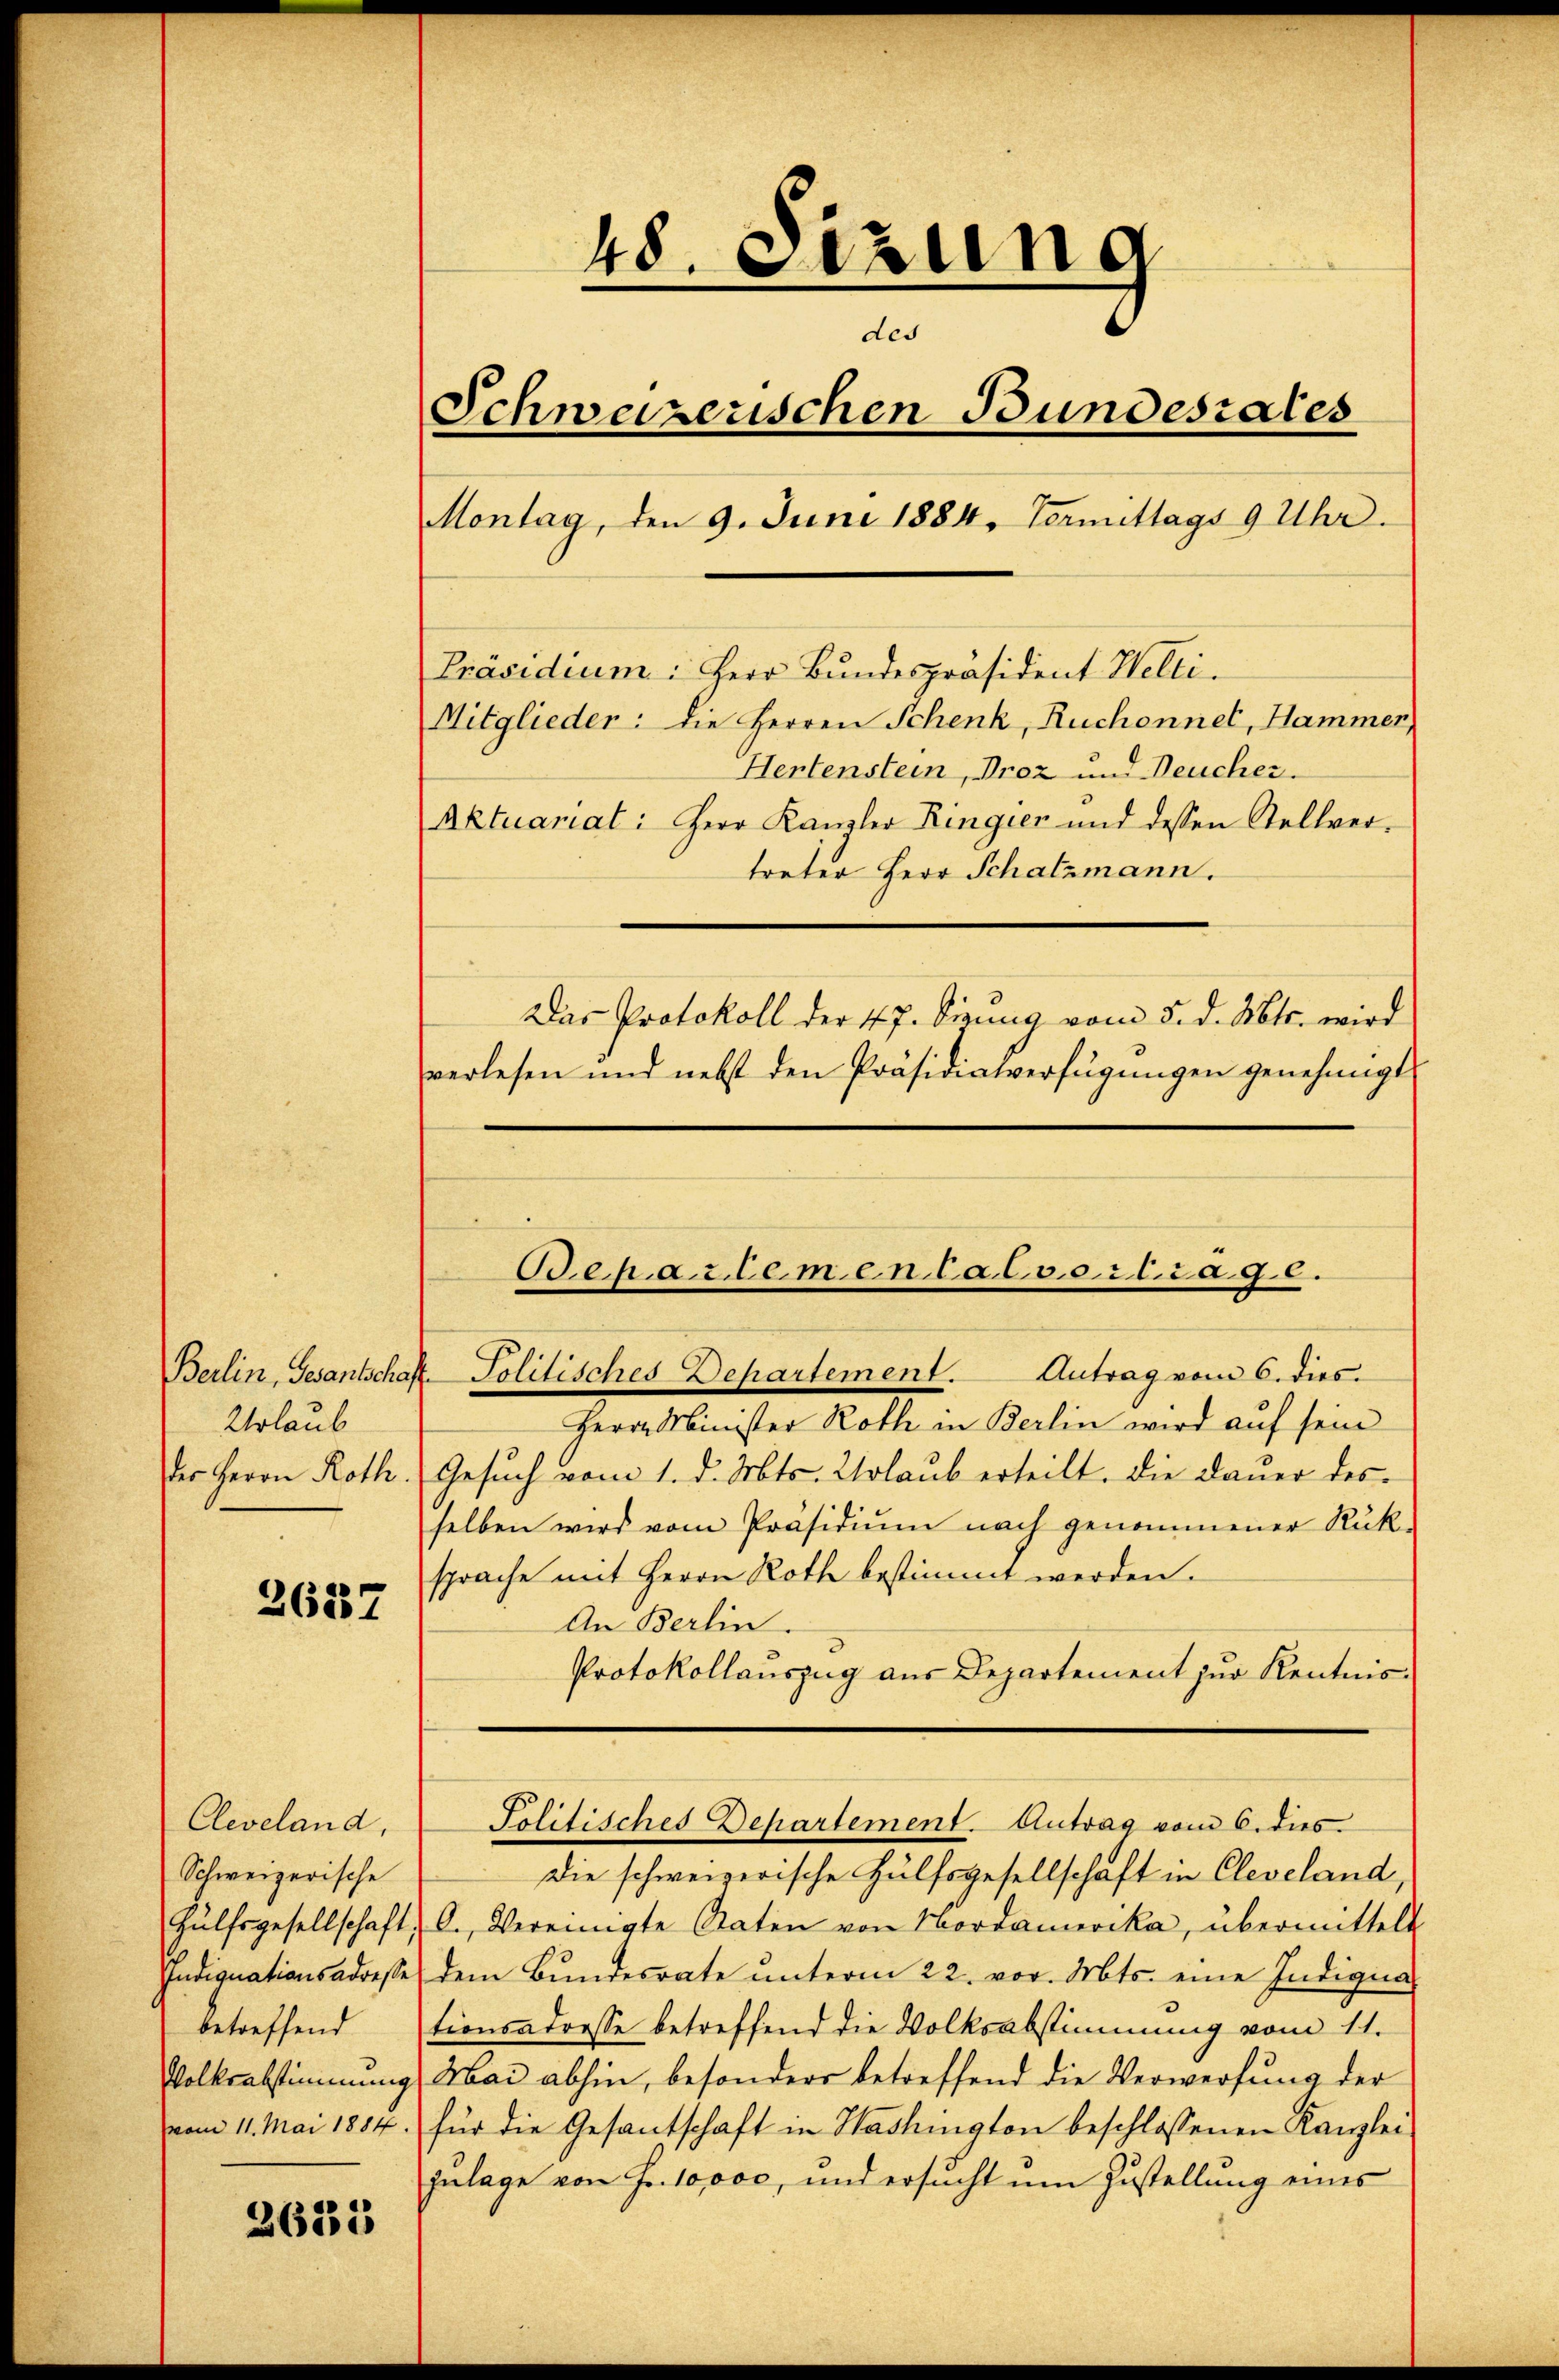
Urlaub

2627

Cleveland,
Schweizerische
Hülfsgesellschaft
Indignationsadresse
betreffend
Volksabstimmung
vom 11. Mai 1884.

2633

48 eizung
des
Schweizerischen Bundesrates
Montag, den 9. Juni 1884, Termittags 9 Uhr.
Präsidium: Herr Bundespräsident Welti.

Mitglieder: die Herren Schenk, Ruchonnet, Hammer,
Hertenstein, Proz und Deucher.
Aktuariat: Herr Kanzler Ringier und dessen Stellver-
treter Herr Schatzmann.
Das Protokoll der 47. Sizung vom 5. d. Mts. wird
verlesen und nebst den Präsidialverfügungen genehmigt

Herrn Minister Roth in Berlin wird auf sein
der Herrn Roth. Gesuch vom 1. d. Mts. Wolaub erteilt. Die Dauer des
selben wird vom Präsidiŭm nach genommener Rüksprache mit Herrn Roth bestimmt werden.
An Berlin.
Protokollauszug aus Departement zŭr Kentnis-
Solitisches Departement. Antrag vom 6. dies
Die schweizerische Hülfsgesellschaft in Cleveland,
O. Vereinigte Raten von Nordamerika, übermittelt
dem Bundesrate unterm 22. vor. Mts. eine Indiqua
tionsadresse betreffend die Volksabstimmung vom 11.
Mai abhin, besonders betreffend die Verwerfung der
für die Gesantschaft in Washington beschlossenen Kanzlei
Zulage von Fr. 10000, und ersucht um Zustellung eines

Bepartemen Calvorlage.
Berlin, Gesantschaft Politisches Departement. Antrag vom 6. dies